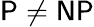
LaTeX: {\mathsf{P}}\neq{\mathsf{NP}}